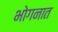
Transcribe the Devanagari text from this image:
भोगनात